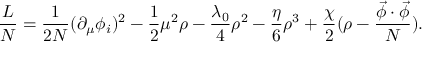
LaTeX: \frac { \cal L } { N } = \frac { 1 } { 2 N } ( \partial _ { \mu } \phi _ { i } ) ^ { 2 } - \frac { 1 } { 2 } \mu ^ { 2 } \rho - \frac { \lambda _ { 0 } } { 4 } \rho ^ { 2 } - \frac { \eta } { 6 } \rho ^ { 3 } + \frac { \chi } { 2 } ( \rho - \frac { \vec { \phi } \cdot \vec { \phi } } { N } ) .